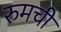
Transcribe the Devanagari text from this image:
रुमची